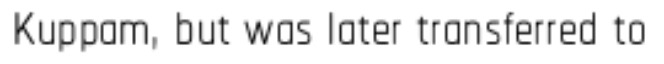
Kuppam, but was later transferred to